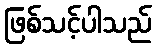
ဖြစ်သင့်ပါသည်